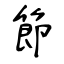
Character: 節